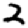
Digit: 2